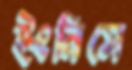
ইংনিসে